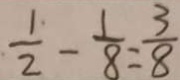
\frac { 1 } { 2 } - \frac { 1 } { 8 } = \frac { 3 } { 8 }